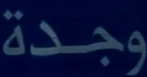
وجدة